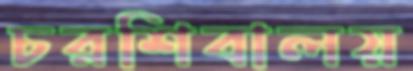
চরশিবালয়